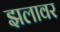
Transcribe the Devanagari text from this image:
झलावर